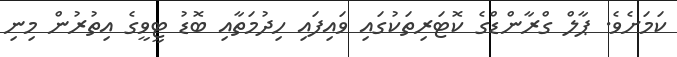
ކަމަށެވެ. ޕާލް ގްރާންޑްގެ ކޮޓަރިތަކުގައި ވައިފައި ހިދުމަތާއި ބޮޑު ޓީވީގެ އިތުރުން މިނި